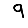
Digit: 9